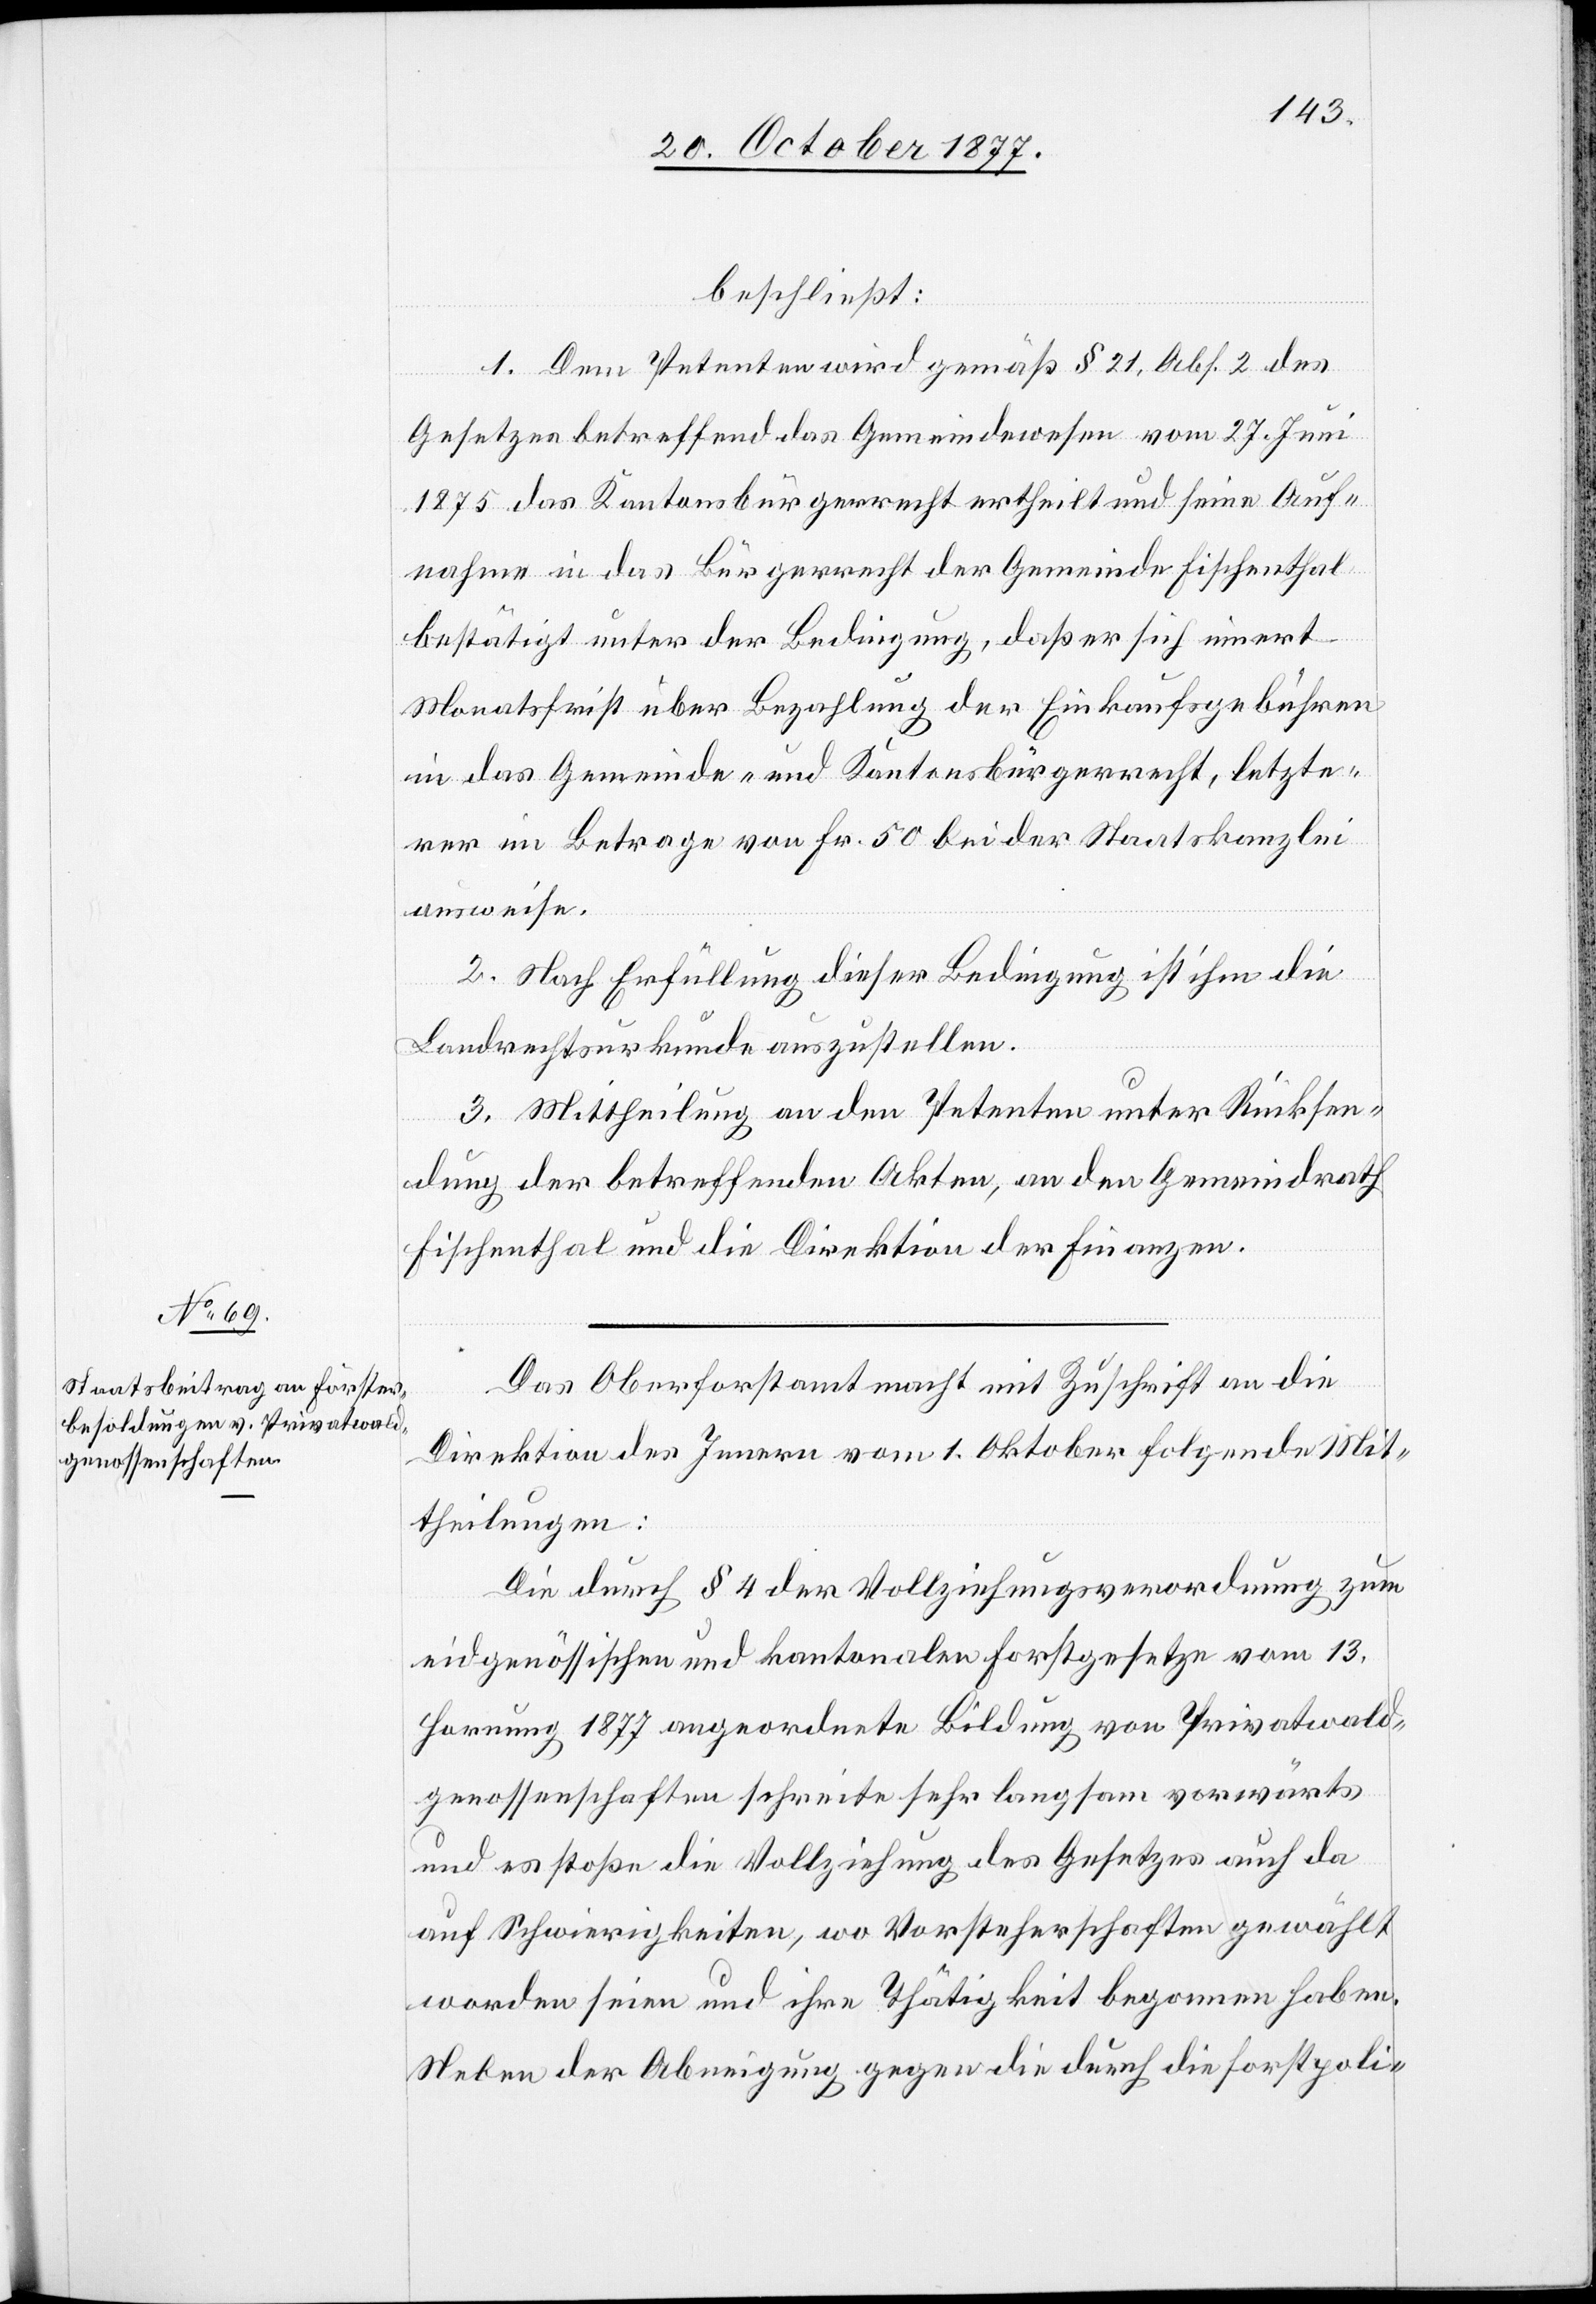
beschließt:
1. Dem Petenten wird gemäß § 21, Abs. 2 des
Gesetzes betreffend das Gemeindewesen vom 27. Juni
1875 das Kantonsbürgerrecht ertheilt und seine Auf¬
nahme in das Bürgerrecht der Gemeinde Fischenthal
bestätigt unter der Bedingung, daß er sich innert
Monatsfrist über Bezahlung der Einkaufsgebühren
in das Gemeinde- und Kantonsbürgerrecht, letzte¬
rer im Betrage von Fr. 50 bei der Staatskanzlei
ausweise.
2. Nach Erfüllung dieser Bedingung ist ihm die
Landrechtsurkunde auszustellen.
3. Mittheilung an den Petenten unter Rücksen¬
dung der betreffenden Akten, an den Gemeindrath
Fischenthal und die Direktion der Finanzen.
Das Oberforstamt macht mit Zuschrift an die
Direktion des Innern vom 1. Oktober folgende Mit¬
theilungen:
Die durch § 4 der Vollziehungsverordnung zum
eidgenössischen und kantonalen Forstgesetze vom 13.
Hornung 1877 angeordnete Bildung von Privatwald¬
genossenschaften schreite sehr langsam vorwärts
und es stoße die Vollziehung des Gesetzes auch da
auf Schwierigkeiten, wo Vorsteherschaften gewählt
worden seien und ihre Thätigkeit begonnen haben.
Neben der Abneigung gegen die durch die forstpoli-